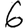
Digit: 6